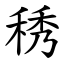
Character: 䅎